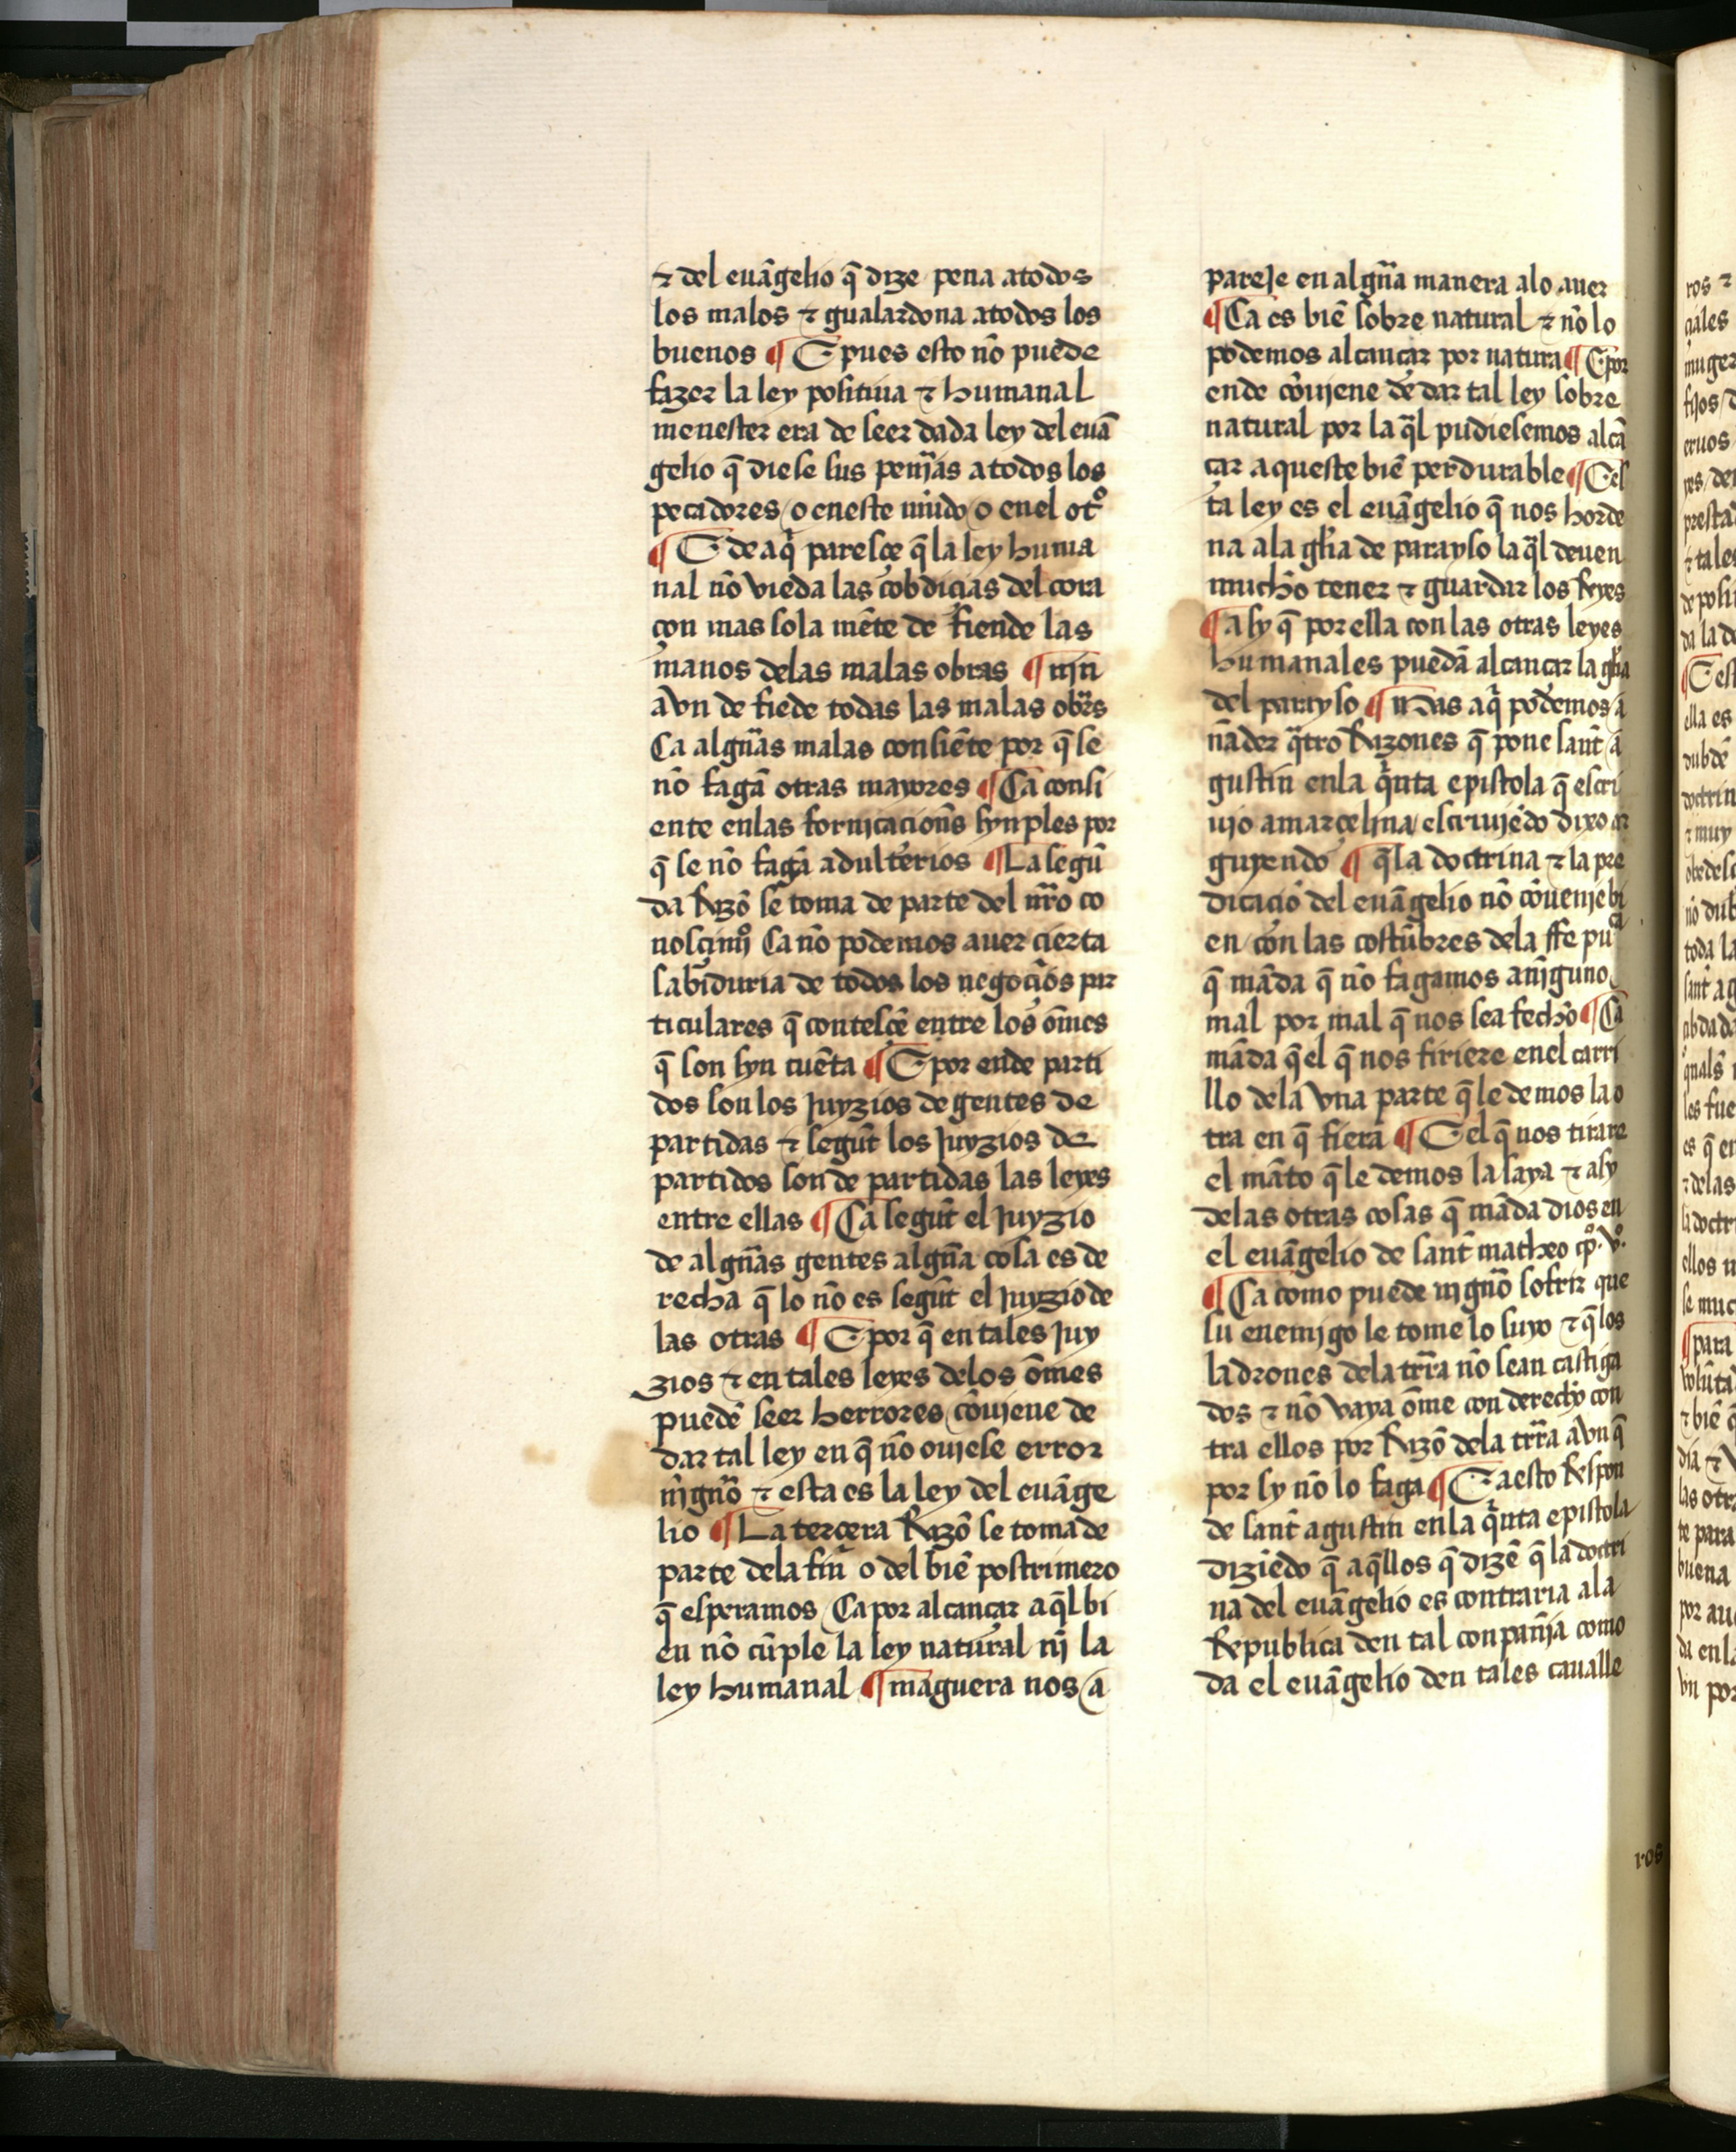
Shelfmark: Salamanca, Biblioteca Histórica USAL, 2709
Century: 15